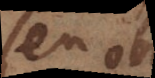
seu o